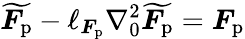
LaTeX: \widetilde{\boldsymbol{F}_{\mathrm{p}}}-\ell_{\boldsymbol{F}_{\mathrm{p}}}\nabla_{0}^{2}\widetilde{\boldsymbol{F}_{\mathrm{p}}}=\boldsymbol{F}_{\mathrm{p}}